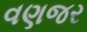
વણજર